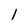
Character: 1